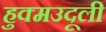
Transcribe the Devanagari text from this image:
हुक्मउदूली